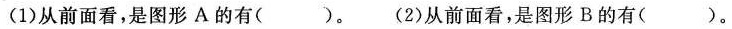
A B(1)从前面看，是图形A的有（）。(2)从前面看，是图形B的有（）。